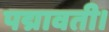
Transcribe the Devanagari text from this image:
पद्मावती।